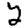
Digit: 2